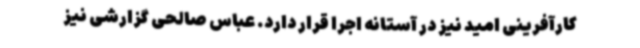
کارآفرینی امید نیز در آستانه اجرا قرار دارد. عباس صالحی گزارشی نیز